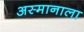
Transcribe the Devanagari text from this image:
अस्मानाला